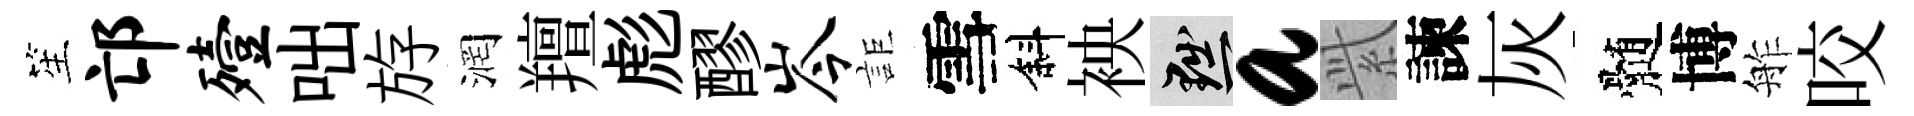
笙邙殪咄斿润羶彪醪岑詎雪斜䘧黜a𬗋諫灰髄博舴咬